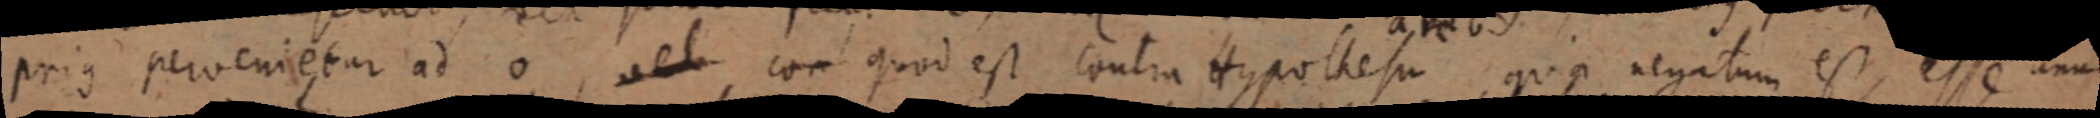
prius pervenietur ad 0, vel con quod est contra Hypothesin quis negatum est, esse unum